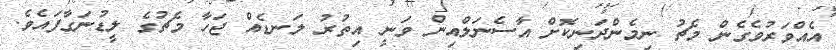
އެއްވަރުވެގެން މެޗު ނިމެންދަނިކޮށް އާސެނަލްއިން ވަނީ އިތުރު ލަނޑެއް ޖަހާ މެޗުގެ ލީޑުނަގާފައެވެ.